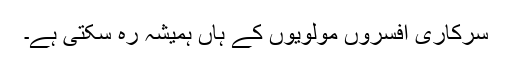
سرکاری افسروں مولویوں کے ہاں ہمیشہ رہ سکتی ہے۔